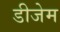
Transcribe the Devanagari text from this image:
डीजेम